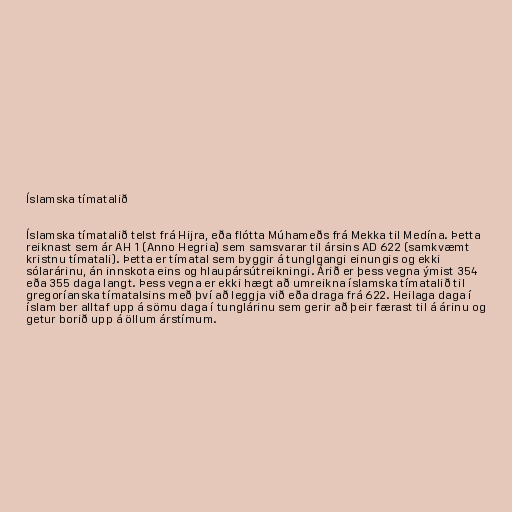
Íslamska tímatalið

Íslamska tímatalið telst frá Hijra, eða flótta Múhameðs frá Mekka til Medína. Þetta
reiknast sem ár AH 1 (Anno Hegria) sem samsvarar til ársins AD 622 (samkvæmt
kristnu tímatali). Þetta er tímatal sem byggir á tunglgangi einungis og ekki
sólarárinu, án innskota eins og hlaupársútreikningi. Árið er þess vegna ýmist 354
eða 355 daga langt. Þess vegna er ekki hægt að umreikna íslamska tímatalið til
gregoríanska tímatalsins með því að leggja við eða draga frá 622. Heilaga daga í
íslam ber alltaf upp á sömu daga í tunglárinu sem gerir að þeir færast til á árinu og
getur borið upp á öllum árstímum.